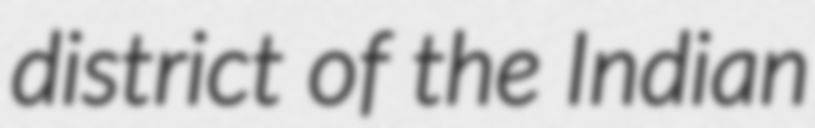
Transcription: district of the Indian